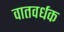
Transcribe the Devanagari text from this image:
वातवर्धक